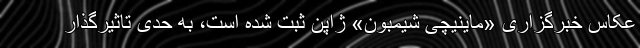
عکاس خبرگزاری «ماینیچی شیمبون» ژاپن ثبت شده است، به حدی تاثیرگذار